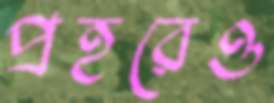
প্রহরেও